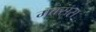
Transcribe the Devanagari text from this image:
मक्सस